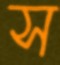
স